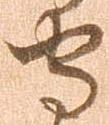
守